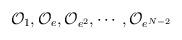
LaTeX: \begin{align*}{\cal O}_{1},{\cal O}_{e},{\cal O}_{e^{2}},\cdots ,{\cal O}_{e^{N-2}}\end{align*}